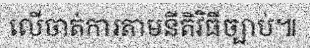
លើចាត់ការតាមនីតិវិធីច្បាប់៕